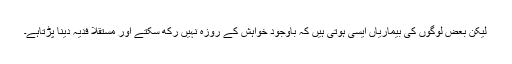
لیکن بعض لوگوں کی بیماریاں ایسی ہوتی ہیں کہ باوجود خواہش کے روزہ نہیں رکھ سکتے اور مستقلاً فدیہ دینا پڑتاہے۔